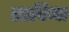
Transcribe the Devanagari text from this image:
एडविना